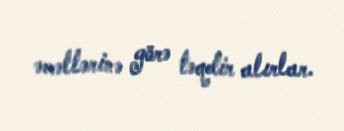
əməllərinə görə təqdir alırlar.